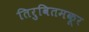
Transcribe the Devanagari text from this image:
तिरुवितमकूर